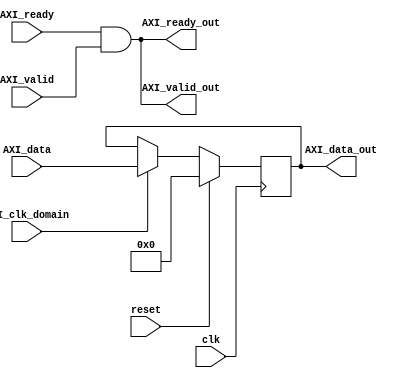
module AXI_Controller (
    input wire clk,
    input wire reset,
    input wire AXI_ready,
    input wire AXI_valid,
    input wire [31:0] AXI_data,
    input wire AXI_clk_domain,
    
    output wire AXI_ready_out,
    output wire AXI_valid_out,
    output wire [31:0] AXI_data_out
);

// Clock domain crossing module
reg [31:0] data_reg;
always @(posedge clk) begin
    if (reset) begin
        data_reg <= 32'h0;
    end else if (AXI_clk_domain) begin
        data_reg <= AXI_data;
    end
end

// Flow control logic
assign AXI_ready_out = (AXI_ready && AXI_valid);
assign AXI_valid_out = (AXI_ready && AXI_valid);
assign AXI_data_out = data_reg;

// Multiplexing and demultiplexing logic
// Additional logic for managing multiplexing and demultiplexing of data transfers can be added here

endmodule